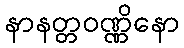
နာနတ္တဝဏ္ဏိနော